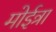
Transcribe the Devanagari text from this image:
मोईत्रा